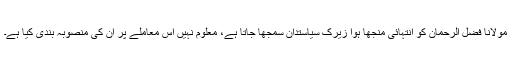
مولانا فضل الرحمان کو انتہائی منجھا ہوا زیرک سیاستدان سمجھا جاتا ہے، معلوم نہیں اس معاملے پر ان کی منصوبہ بندی کیا ہے۔